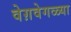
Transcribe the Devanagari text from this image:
वेग़वेगळ्या